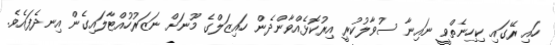
ހައި ރޭގައި ކިހިނެތްވީ ނައިނާ ސުވާލުކުރީ އިރުކޮޅެއްވާންދެން ހައިޒަލްގެ މޫނަށް ނަޒަރުހުއްޓާލައިގެން އިނދެފައެވެ.